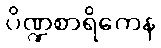
ပိဏ္ဍစာရိကေန